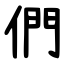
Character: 們